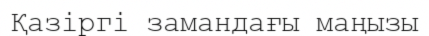
Қазіргі замандағы маңызы